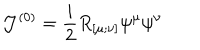
{ \cal J } ^ { ( 0 ) } = \frac i 2 R _ { [ \mu ; \nu ] } \psi ^ { \mu } \psi ^ { \nu }